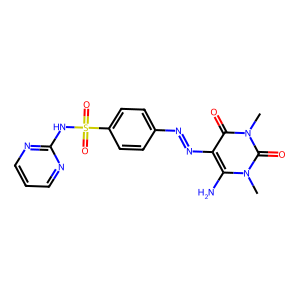
SMILES: Cn1c(N)c(N=Nc2ccc(S(=O)(=O)Nc3ncccn3)cc2)c(=O)n(C)c1=O
Inhibits HIV replication: No